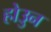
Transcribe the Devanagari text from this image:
होउुन